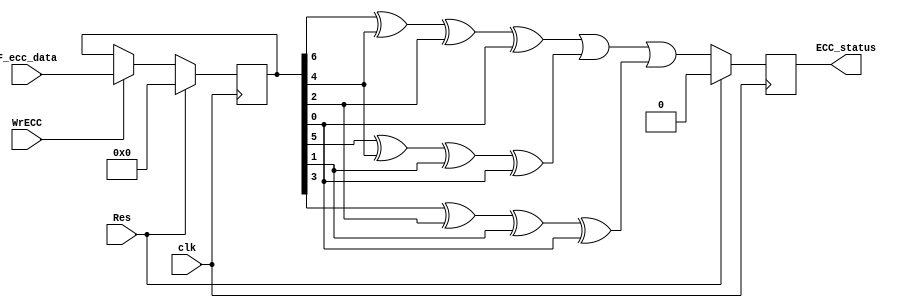
//-------------------------------------------------------------------------
//  >>>>>>>>>>>>>>>>>>>>>>>>> COPYRIGHT NOTICE <<<<<<<<<<<<<<<<<<<<<<<<<
//-------------------------------------------------------------------------
//  Copyright (c) 2006-2010 by Lattice Semiconductor Corporation      
// 
//-------------------------------------------------------------------------
// Permission:
//
//   Lattice Semiconductor grants permission to use this code for use
//   in synthesis for any Lattice programmable logic product.  Other
//   use of this code, including the selling or duplication of any
//   portion is strictly prohibited.
//
// Disclaimer:
//
//   This VHDL or Verilog source code is intended as a design reference
//   which illustrates how these types of functions can be implemented.
//   It is the user's responsibility to verify their design for
//   consistency and functionality through the use of formal
//   verification methods.  Lattice Semiconductor provides no warranty
//   regarding the use or functionality of this code.
//-------------------------------------------------------------------------
//
//    Lattice Semiconductor Corporation
//    5555 NE Moore Court
//    Hillsboro, OR 97124
//    U.S.A
//
//    TEL: 1-800-Lattice (USA and Canada)
//    503-268-8001 (other locations)
//
//    web: http://www.latticesemi.com/
// 
//-------------------------------------------------------------------------
//
// Revision History :
// --------------------------------------------------------------------
//   Ver  :| Author :| Mod. Date :| Changes Made:
//   V01.0:| A.Y    :| 09/30/06  :| Initial ver
//   v01.1:| J.T    :| 06/21/09  :| juse (7,4) hamming code
// --------------------------------------------------------------------
//
// 
//Description of module:
//--------------------------------------------------------------------------------
// (7,4) hamming code detect
// --------------------------------------------------------------------
`timescale 1 ns / 1 fs

module ErrLoc(
      clk,
      Res,
      F_ecc_data ,// -- ecc byte read fm flash
      WrECC,


      ECC_status
);
  input    clk;
  input    Res;
  input  [6:0]  F_ecc_data ; //-- ecc byte read fm flash
  input    WrECC ;
  
  output reg ECC_status;

wire check1,check2,check3;
reg [6:0] din;

always@(posedge clk)
 if (Res)
  din <= 8'h00;
 else if (WrECC)
  din <= F_ecc_data;
  
assign check1=din[6]^din[4]^din[2]^din[0];
assign check2=din[5]^din[4]^din[1]^din[0];
assign check3=din[3]^din[2]^din[1]^din[0];

always@(posedge clk)
 if (Res)
  ECC_status <= 1'h0;
 else
  ECC_status <= (check1 | check2 | check3);


endmodule